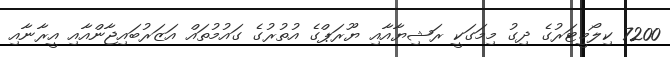
7200 ކިލޯމީޓަރުގެ ދިގު މިމަގަކީ ރަޝިޔާއާއި ޔޫރަޕްގެ އުތުރުގެ ގައުމުތައް އަޒަރުބައިޖާންއާއި އީރާނާއި